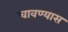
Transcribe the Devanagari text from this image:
चावण्यास